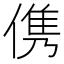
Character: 㑺